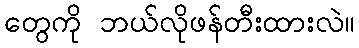
တွေကို ဘယ်လိုဖန်တီးထားလဲ။